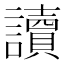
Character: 讀